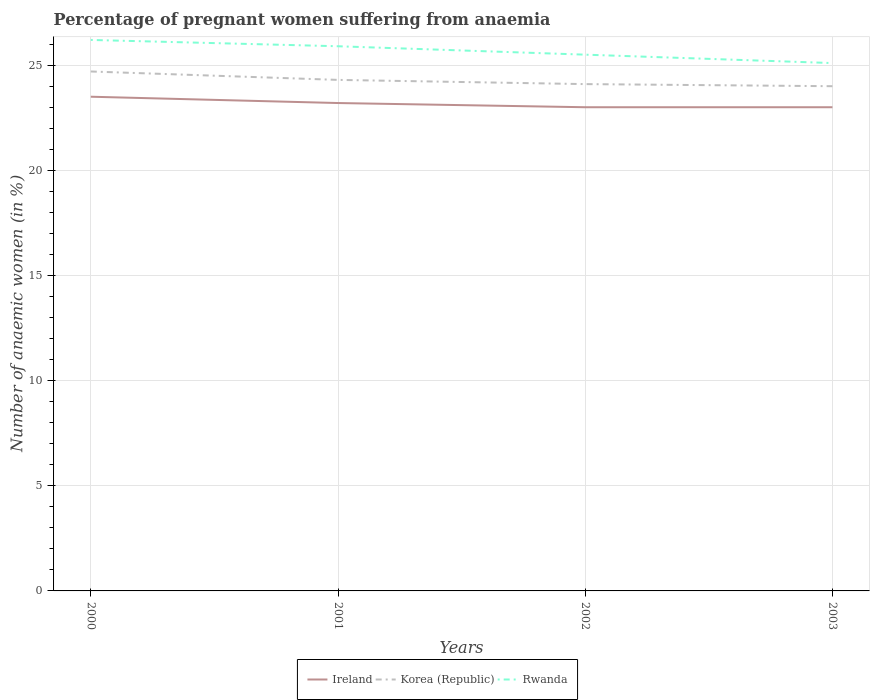
| Years | Ireland | Korea (Republic) | Rwanda |
 | --- | --- | --- | --- |
 | 2000 | 23.5 | 24.7 | 26.2 |
 | 2001 | 23.2 | 24.3 | 25.9 |
 | 2002 | 23 | 24.1 | 25.5 |
 | 2003 | 23 | 24 | 25.1 |